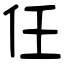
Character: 仼